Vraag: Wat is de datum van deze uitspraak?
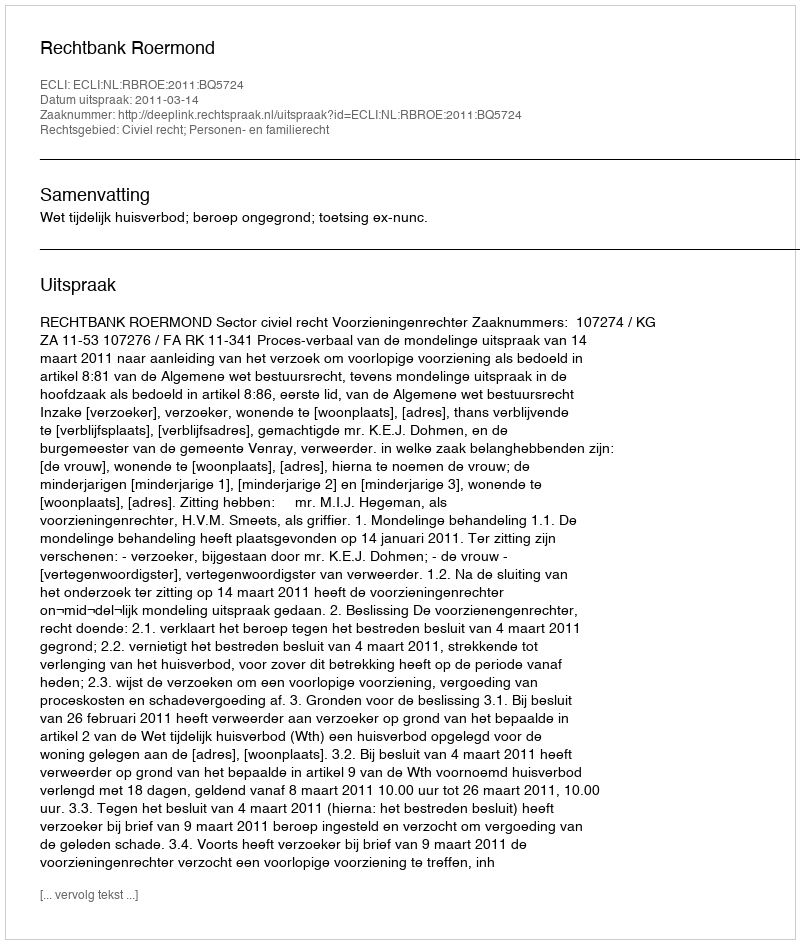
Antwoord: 2011-03-14